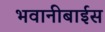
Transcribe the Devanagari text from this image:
भवानीबाईस